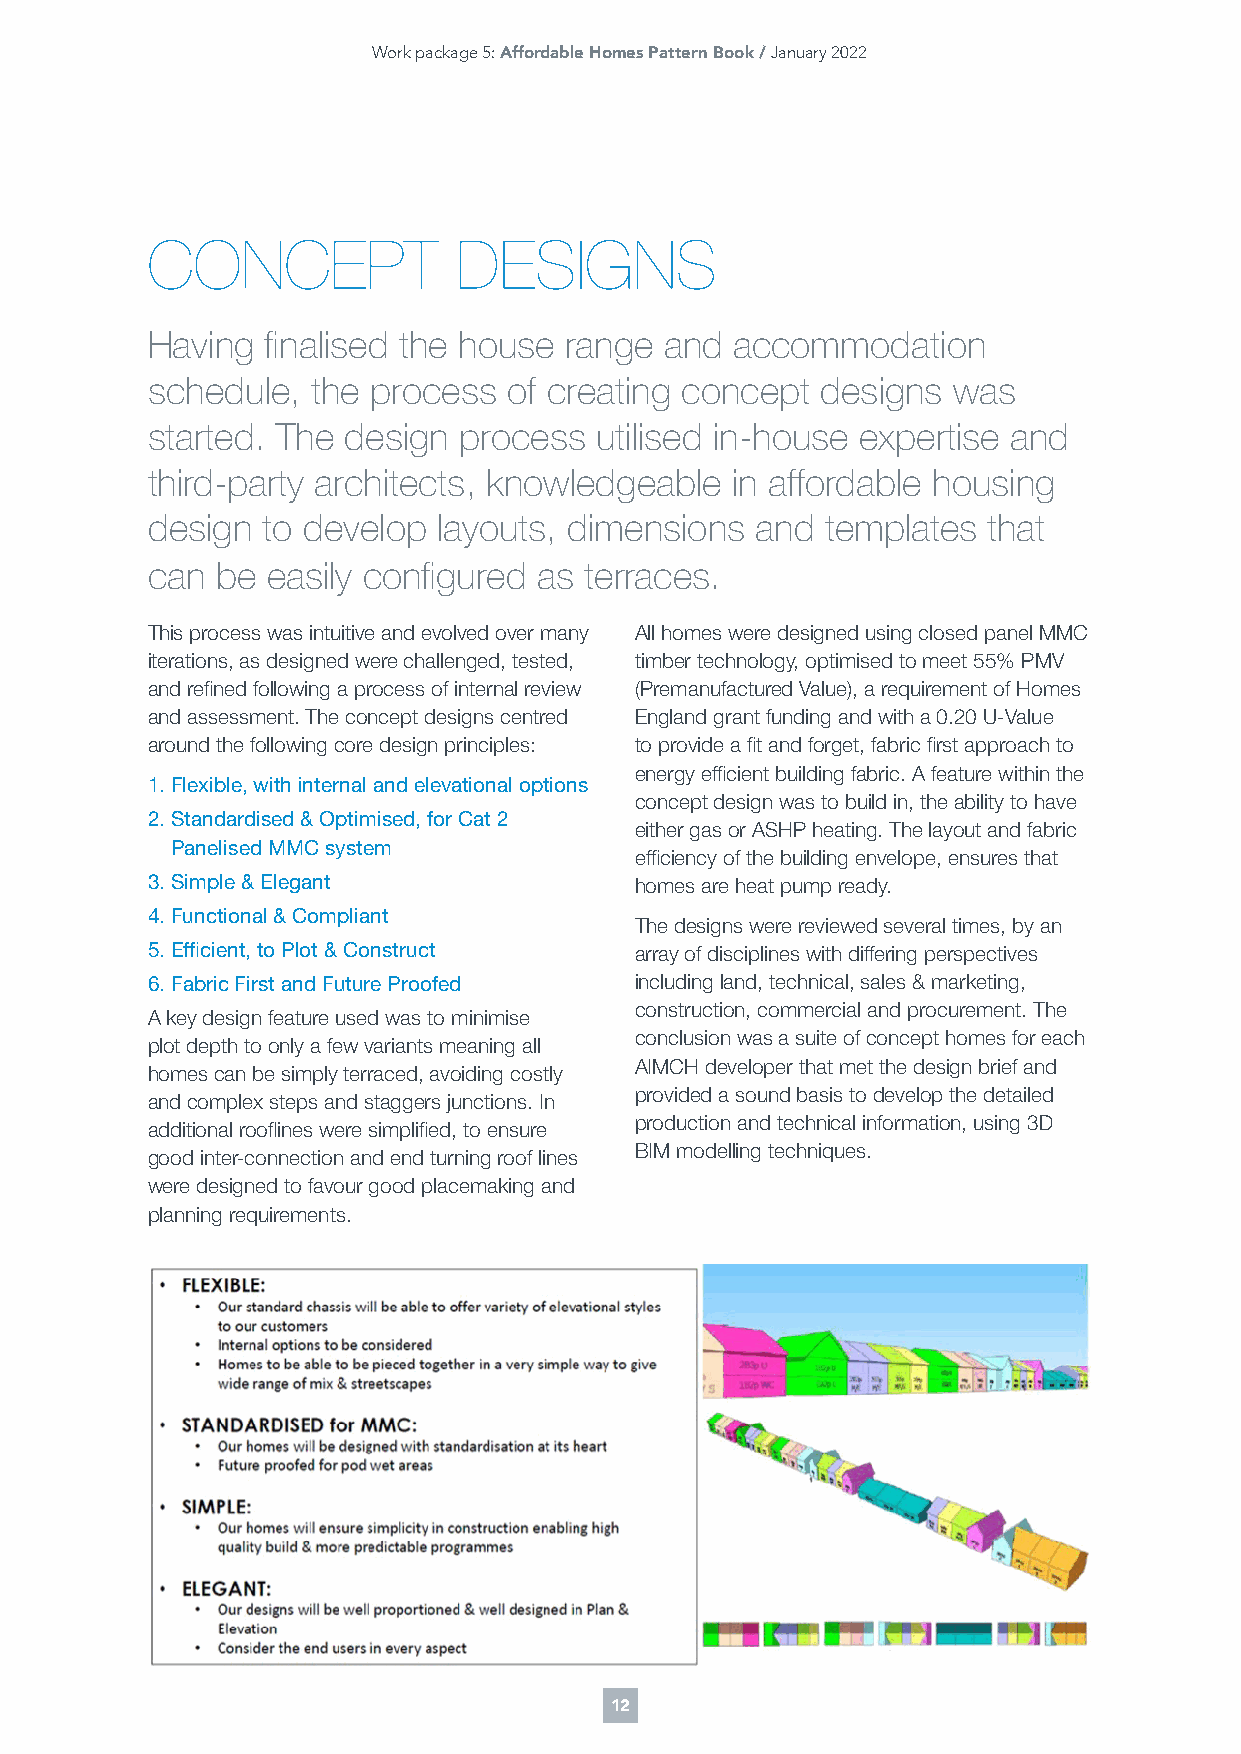
Work package 5: Affordable Homes Pattern Book / January 2022
 CONCEPT             DESIGNS
 Having  finalised the house range and  accommodation
 schedule,  the process  of creating concept designs  was
 started. The design process  utilised in-house expertise and
 third-party architects, knowledgeable in affordable housing
 design to develop  layouts, dimensions  and  templates that
 can be  easily configured as terraces.
 This process was intuitive and evolved over many All homes were designed using closed panel MMC
 iterations, as designed were challenged, tested, timber technology, optimised to meet 55% PMV
 and refined following a process of internal review (Premanufactured Value), a requirement of Homes
 and assessment. The concept designs centred England grant funding and with a 0.20 U-Value
 around the following core design principles: to provide a fit and forget, fabric first approach to
 energy efficient building fabric. A feature within the
 1. Flexible, with internal and elevational options
 concept design was to build in, the ability to have
 2. Standardised & Optimised, for Cat 2
 either gas or ASHP heating. The layout and fabric
 Panelised MMC system
 efficiency of the building envelope, ensures that
 3. Simple & Elegant             homes are heat pump ready.
 4. Functional & Compliant
 The designs were reviewed several times, by an
 5. Efficient, to Plot & Construct array of disciplines with differing perspectives
 6. Fabric First and Future Proofed including land, technical, sales & marketing,
 construction, commercial and procurement. The
 A key design feature used was to minimise
 conclusion was a suite of concept homes for each
 plot depth to only a few variants meaning all
 AIMCH developer that met the design brief and
 homes can be simply terraced, avoiding costly
 provided a sound basis to develop the detailed
 and complex steps and staggers junctions. In
 production and technical information, using 3D
 additional rooflines were simplified, to ensure
 BIM modelling techniques.
 good inter-connection and end turning roof lines
 were designed to favour good placemaking and
 planning requirements.
 12